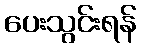
ပေးသွင်းရန်